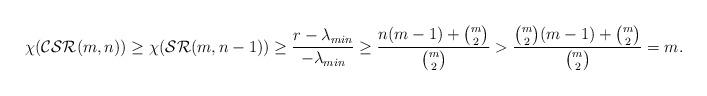
LaTeX: \begin{align*}\chi ({\rm \mathcal{CSR}}(m,n)) \geq \chi({\rm \mathcal{SR}}(m,n-1)) \geq \frac{r-\lambda_{min}}{-\lambda_{min}} \geq \frac{n(m-1)+\binom{m}{2}}{\binom{m}{2}} > \frac{\binom{m}{2}(m-1)+\binom{m}{2}}{\binom{m}{2}} =m.\end{align*}